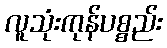
လူသုံးကုန်ပစ္စည်း